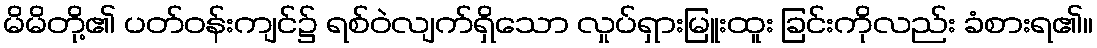
မိမိတို့၏ ပတ်ဝန်းကျင်၌ ရစ်ဝဲလျက်ရှိသော လှုပ်ရှားမြူးထူး ခြင်းကိုလည်း ခံစားရ၏။